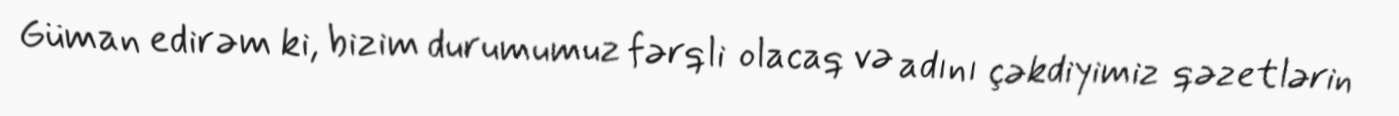
Güman edirəm ki, bizim durumumuz fərqli olacaq və adını çəkdiyimiz qəzetlərin